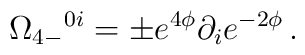
\Omega_{4 - }{}^{0i} = \pm  e^{4\phi} \partial _i  e^{-2\phi}  \, .